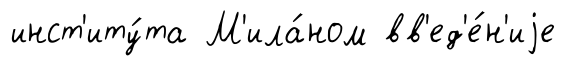
инст'иту́та М'ила́ном вв'ед'е́н'иjе